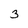
Character: 3